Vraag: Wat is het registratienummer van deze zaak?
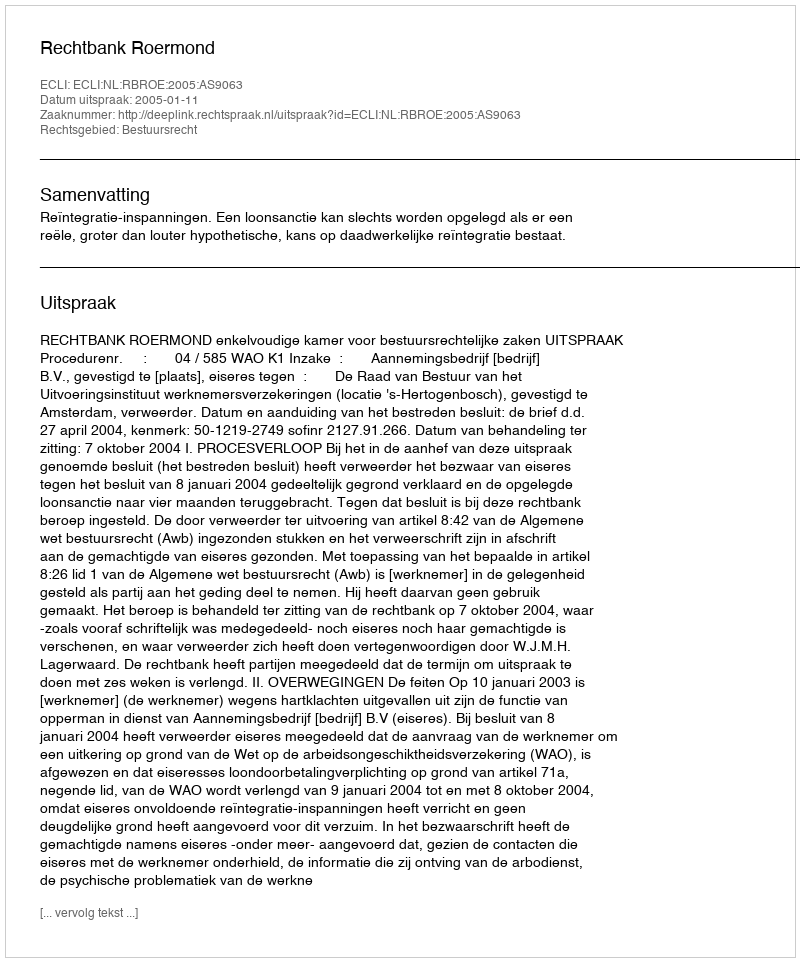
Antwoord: http://deeplink.rechtspraak.nl/uitspraak?id=ECLI:NL:RBROE:2005:AS9063